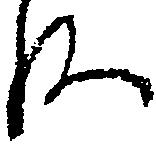
ね